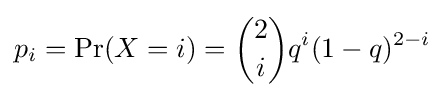
p_{i}=\mathrm {Pr} (X=i)={2 \choose i}q^{i}(1-q)^{2-i}